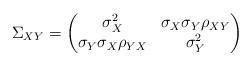
LaTeX: \begin{align*}\Sigma_{XY}=\begin{pmatrix} \sigma_X^2 & \sigma_X \sigma_Y \rho_{XY} \\ \sigma_Y \sigma_X \rho_{YX} & \sigma_Y^2 \end{pmatrix} \end{align*}